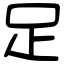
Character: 足